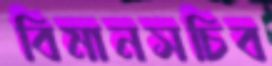
বিমানসচিব